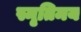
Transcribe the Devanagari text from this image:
स्मृतिमय